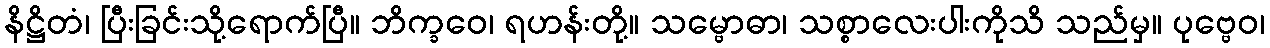
နိဋ္ဌိတံ၊ ပြီးခြင်းသို့ရောက်ပြီ။ ဘိက္ခဝေ၊ ရဟန်းတို့။ သမ္ဗောဓာ၊ သစ္စာလေးပါးကိုသိ သည်မှ။ ပုဗ္ဗေဝ၊